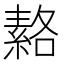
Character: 𦃅